Vaccination in Bombay 1889-1901 - 1889-1901
Year: 1889
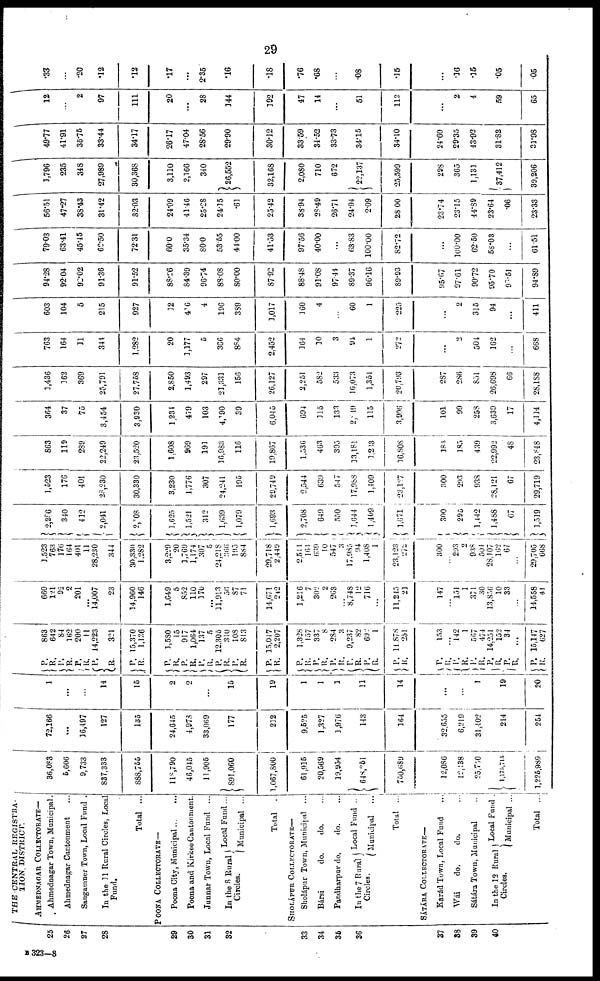
29
25
26
27
28
29
30
31
32
33
34
35
36
37
38
39
40
THE CENTRAL REGISTRA-
TION. DISTRICT.
AHMEDNAGAR COLLECTORATE—
Ahmednagar Town, Municipal.
Ahmednagar Cantonment ...
Sangamner Town, Local Fund .
In the 11 Rural Circles, Local
Fund.
Total ...
POONA COLLECTORATE—
Poona City, Municipal ... ...
Poona and Kirkee Cantonment.
Junnar Town, Local Fund ...
In the 8 Rural
Circles.
Local Fund ...
Municipal ...
Total .
SHOLÁPUR COLLECTORATE—
Sholápur Town, Municipal ...
Bársi
do.
do. ...
Pandharpur do.
do. ...
In the7 Rural
Circles.
Local Fund ..
Municipal
...
Total ...
SÁTÁRA COLLECTORATE—
Karád Town, Local Fund ...
Wái
do.
do. ...
Sátára Town, Municipal ..
In the 12 Rural
Circles.
Local Fund .
Municipal ...
Total ...
36,083
5,606
9,733
837,333
888,755
118,790
46,045
11,905
891,060
1,067,800
61,915
20,569
19,954
648,251
750,689
12,086
12,138
25,750
l,175,715
1,225,989
72,166
...
16,497
127
135
24,645
4,973
33,069
177
212
9,525
1,327
1,976
143
164
32,655
6,219
31,402
244
254
1
...
...
14
15
2
2
15
19
1
1
1
11
14
...
...
1
19
20
P.
R.
P.
R.
P.
R.
P. R.
P.
R.
P.
R.
P.
R.
P.
R.
P.
R.
P.
R.
P. R.
P.
R.
R.
R.
P.
R.
P.
R.
P.
R.
P.
R.
P.
R.
P.
R.
P.
R.
P.
R.
P.
R.
P.
R.
863
642
84
162
200
11
14,223
321
15,370
1,136
1,580
15
917
1,064
137
5
12,305
310
108
813
15,047
2,207
1,328
157
337
8
284
3
9,237
82
692
1
11,878
251
153
...
142
1
567
474
14,251
152
34
...
15,147
627
660
121
92
2
201
...
14,007
23
14,960
146
1,649
5
852
110
170
...
11,913
56
87
71
14,671
242
1,216
7
302
2
263
...
8,748
12
716
...
11,245
21
147
...
151
1
371
30
13,856
10
33
...
14,558
41
1,523
763
176
164
401
11
28,230
344
30,330
1,282
3,229
20
1,769
1,174
307
5
24,218
366
195
884
29,718
2,449
2,504
164
639
10
547
3
17,985
94
1,408
1
23,123
272
300
...
293
2
938
504
28,107
162
67
...
29,705
668
2,206
340
412
2,041
2,008
1,625
1,521
312
1,639
1,079
1,693
2,708
649
550
1,644
1,409
1,671
300
295
1,442
1,488
67
1,519
1,523
176
401
28,230
30,330
3,230
1,776
307
24,241
195
29,749
2,544
639
547
17,988
1,409
23,107
300
293
938
28,121
67
29,719
863
119
289
22,249
23,520
1,608
969
191
16,983
116
19,867
1,536
463
395
13,181
1,203
16,808
184
185
439
22,992
48
23,848
364
37
75
3,454
3,930
1,234
479
103
4,190
39
6,045
694
115
133
2,049
115
3,906
101
99
258
3,639
17
4,114
1,436
162
369
25,791
27,758
2,850
1,493
297
21,331
156
26,127
2,251
582
533
16,073
1,351
20,793
287
286
851
26,698
66
28,188
763
164
11
344
1,282
20
1,177
5
366
884
2,452
164
10
3
94
1
272
...
2
504
162
...
668
603
104
5
215
927
12
406
4
196
389
1,017
160
4
...
60
1
225
...
2
315
94
...
411
94.28
92.04
92.02
91.36
91.52
83.26
84.39
96.74
88.08
80.00
87.92
88.48
91.08
97.44
89.37
96.16
89.93
95.67
97.61
90.72
95.70
90.51
94.89
79.03
63.41
45.45
62.50
72.31
60.0
35.34
80.0
53.55
44.00
41.53
97.56
40.00
...
63.83
100.00
82.72
...
100.00
62.50
58.03
...
61.51
56.51
47.27
38.43
31.42
32.03
24.09
41.46
25.28
24.15
.61
25.42
38.94
28.49
26.71
24.94
2.09
28.00
23.74
23.15
44.89
23.64
.06
23.33
3,796
235
348
27,989
30,368
3,110
2,166
340
26,552
32,168
2,080
710
672
22,137
25,599
298
365
1,131
37,412
39,206
49.77
41.91
35.75
33.44
34.17
26.17
47.04
28.56
29.90
30.12
33,59
34.52
33.73
34.15
34.10
24.60
29.35
43.92
31.82
31.98
12
...
2
97
111
20
...
28
144
192
47
14
...
51
112
...
2
4
59
65
.33
...
.20
.12
.12
.17
...
2.35
.16
.18
.76
.68
...
.08
.15
...
.16
.15
.05
.05
B 323—8